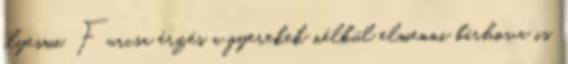
ilyesmi. Furcsa érzés a gyerekek nélkül elmenni bárhova is.